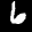
Label: 6